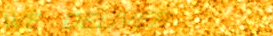
WE DELIVER